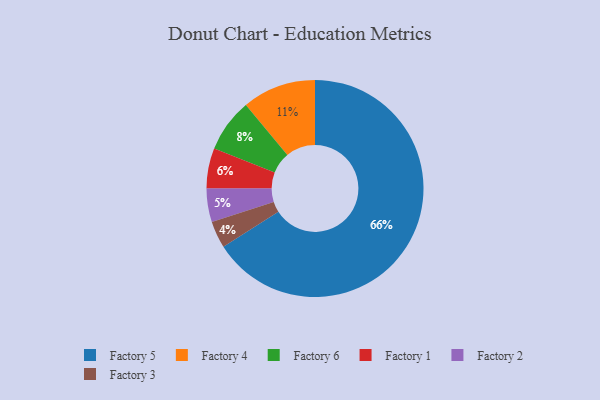
{"axis": {"x": "Category", "y": "Percentage"}, "legend": ["Factory 1", "Factory 2", "Factory 3", "Factory 4", "Factory 5", "Factory 6"], "data": [{"x": "Factory 6", "y": 8, "type": "Factory 6"}, {"x": "Factory 2", "y": 5, "type": "Factory 2"}, {"x": "Factory 3", "y": 4, "type": "Factory 3"}, {"x": "Factory 1", "y": 6, "type": "Factory 1"}, {"x": "Factory 5", "y": 66, "type": "Factory 5"}, {"x": "Factory 4", "y": 11, "type": "Factory 4"}]}